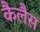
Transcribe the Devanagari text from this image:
कैलैस